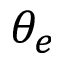
\theta _ { e }